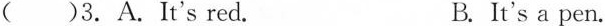
( )3. A. It's red. B.It's a pen.